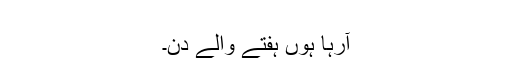
​
آرہا ہوں ہفتے والے دن۔